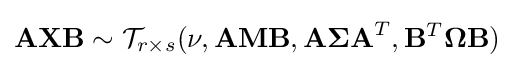
\mathbf {AXB} \sim {\mathcal {T}}_{r\times s}(\nu ,\mathbf {AMB} ,\mathbf {A\Sigma A} ^{T},\mathbf {B} ^{T}\mathbf {\Omega B} )